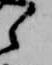
之